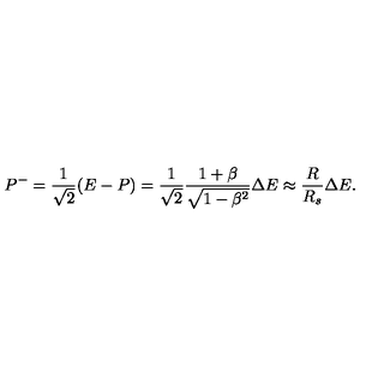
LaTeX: P ^ { - } = \frac { 1 } { \sqrt { 2 } } ( E - P ) = \frac { 1 } { \sqrt { 2 } } \frac { 1 + \beta } { \sqrt { 1 - \beta ^ { 2 } } } \Delta E \approx \frac { R } { R _ { s } } \Delta E .